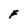
Character: F